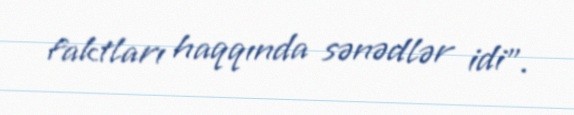
faktları haqqında sənədlər idi”.